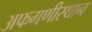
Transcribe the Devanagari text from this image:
अफगणीस्थान